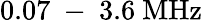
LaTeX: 0.07\mathrm{~-~}3.6~\mathrm{MHz}